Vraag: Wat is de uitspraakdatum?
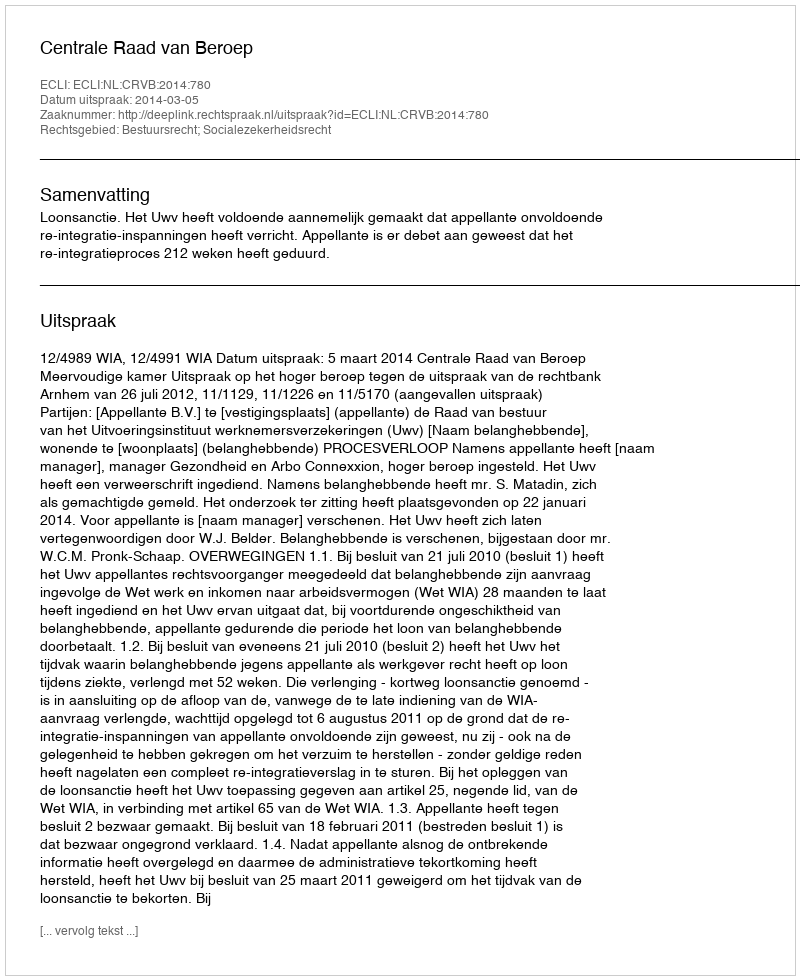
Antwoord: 2014-03-05